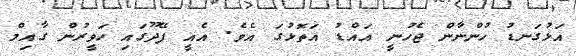
އަޅުގަނޑު ހުންނާން ޖެހުނީ އައްޑު އަތޮޅުގަ އެވެ. އެއީ ފޭދޫގައި ހަވީރުން ގާއިމް